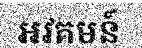
អវគមន៍